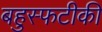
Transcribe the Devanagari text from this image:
बहुस्फटीकी